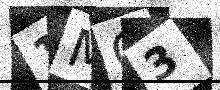
Text: 1MQ3